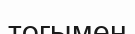
тогымен